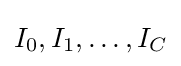
I_{0},I_{1},\ldots ,I_{C}